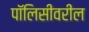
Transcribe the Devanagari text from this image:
पॉलिसीवरील